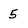
Character: 5